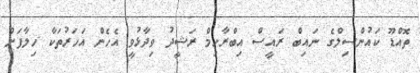
ތޮއްޑޫ ކައުންސިލްގެ ނައިބް ރައީސް އިބްރާހިމް ރަޝީދު ވިދާޅުވީ އެހެން އަހަރުތަކާ ހިލާފަށް